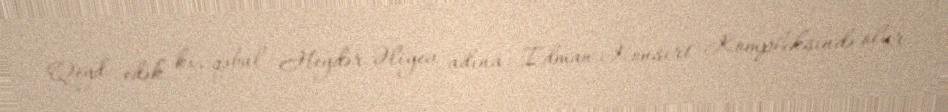
Qeyd edək ki, qəbul Heydər Əliyev adına İdman-Konsert Kompleksində olur.